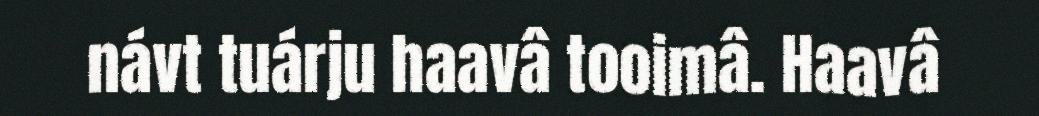
návt tuárju haavâ tooimâ. Haavâ